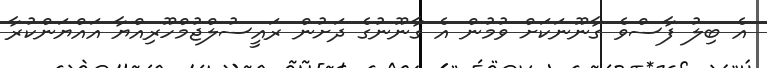
އެ ބިލު ފާސްވެ ގާނޫނަކަށް ވުމުން އެ ގާނޫނުގެ ދަށުން ރައީސުލްޖުމްހޫރިއްޔާ އައްޔަންކުރާ